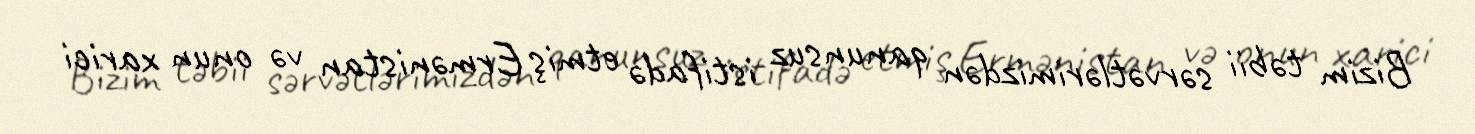
Bizim təbii sərvətlərimizdən qanunsuz istifadə etmiş Ermənistan və onun xarici